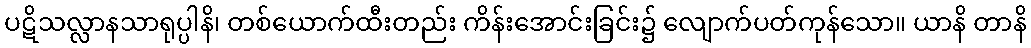
ပဋိသလ္လာနသာရုပ္ပါနိ၊ တစ်ယောက်ထီးတည်း ကိန်းအောင်းခြင်း၌ လျောက်ပတ်ကုန်သော။ ယာနိ တာနိ